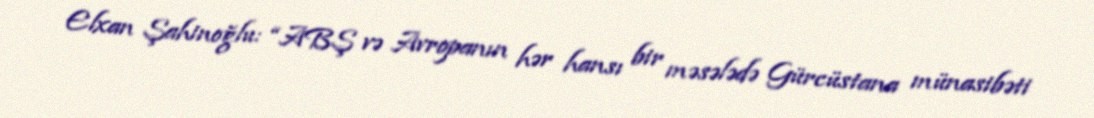
Elxan Şahinoğlu: “ABŞ və Avropanın hər hansı bir məsələdə Gürcüstana münasibəti